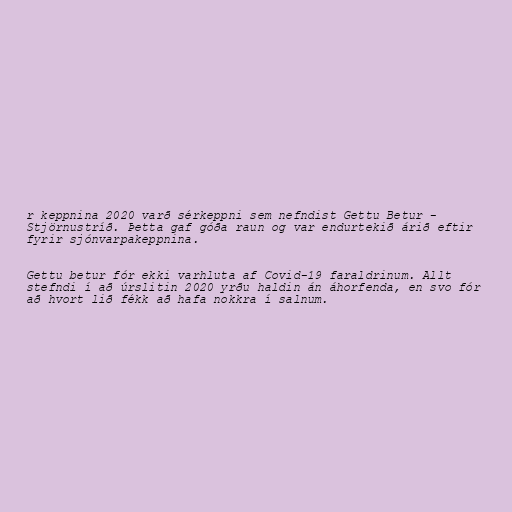
r keppnina 2020 varð sérkeppni sem nefndist Gettu Betur -
Stjörnustríð. Þetta gaf góða raun og var endurtekið árið eftir
fyrir sjónvarpakeppnina.

Gettu betur fór ekki varhluta af Covid-19 faraldrinum. Allt
stefndi í að úrslitin 2020 yrðu haldin án áhorfenda, en svo fór
að hvort lið fékk að hafa nokkra í salnum.